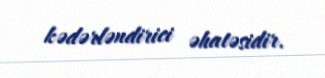
kədərləndirici əhatəsidir.